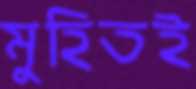
মুহিতই